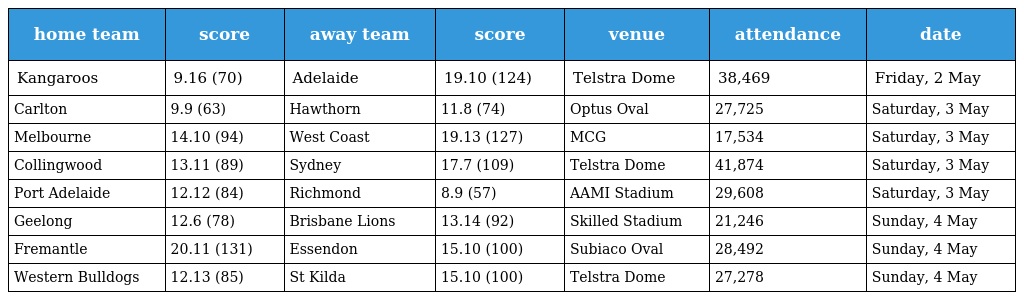
| home team | score | away team | score | venue | attendance | date |
 | --- | --- | --- | --- | --- | --- | --- |
 | Kangaroos | 9.16 (70) | Adelaide | 19.10 (124) | Telstra Dome | 38,469 | Friday, 2 May |
 | Carlton | 9.9 (63) | Hawthorn | 11.8 (74) | Optus Oval | 27,725 | Saturday, 3 May |
 | Melbourne | 14.10 (94) | West Coast | 19.13 (127) | MCG | 17,534 | Saturday, 3 May |
 | Collingwood | 13.11 (89) | Sydney | 17.7 (109) | Telstra Dome | 41,874 | Saturday, 3 May |
 | Port Adelaide | 12.12 (84) | Richmond | 8.9 (57) | AAMI Stadium | 29,608 | Saturday, 3 May |
 | Geelong | 12.6 (78) | Brisbane Lions | 13.14 (92) | Skilled Stadium | 21,246 | Sunday, 4 May |
 | Fremantle | 20.11 (131) | Essendon | 15.10 (100) | Subiaco Oval | 28,492 | Sunday, 4 May |
 | Western Bulldogs | 12.13 (85) | St Kilda | 15.10 (100) | Telstra Dome | 27,278 | Sunday, 4 May |